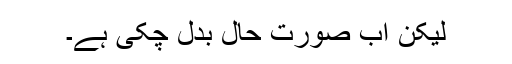
لیکن اب صورت حال بدل چکى ہے۔